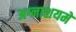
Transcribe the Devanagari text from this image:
अग्नाशयमें